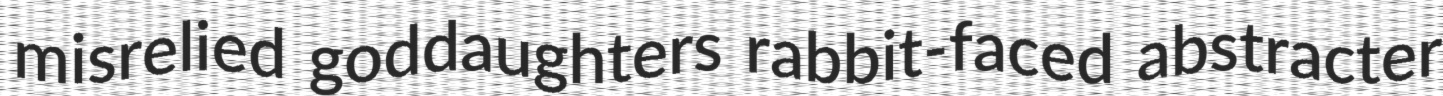
misrelied goddaughters rabbit-faced abstracter